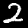
Digit: 2